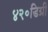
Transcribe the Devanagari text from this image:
४२॰डिग्री